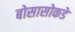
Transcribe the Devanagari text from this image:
बोसासोकडे